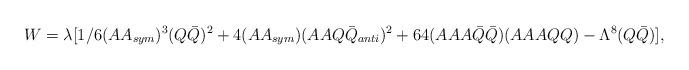
LaTeX: \begin{align*}W=\lambda[1/6 (AA_{sym})^3 (Q{\bar Q})^2 + 4 (AA_{sym})(AAQ{\bar Q}_{anti})^2 + 64 (AAA{\bar Q}{\bar Q}) (AAAQQ) - \Lambda^{8}(Q{\bar Q})],\end{align*}